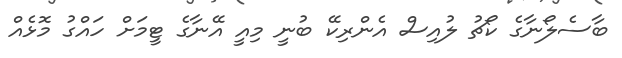
ބާސެލޯނާގެ ކޯޗު ލުއިސް އެންރިކޭ ބުނީ މިއީ އޭނާގެ ޓީމަށް ހައްގު މޮޅެއް